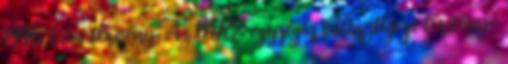
1996. I. évi törvény: Az MRE egységes választójogi törvénye